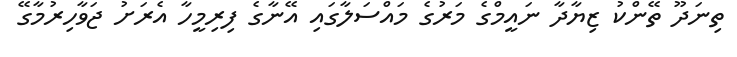
ތިނަދޫ ތޭންކު ޒިޔާދާ ނައީމްގެ މަރުގެ މައްސަލާގައި އޭނާގެ ފިރިމީހާ އެރަށު ޖަވާހިރުމާގޭ